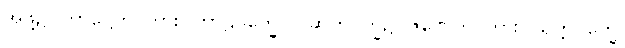
အဖို့၌။ ကာဋ္ဌေတိ၊ ကား။ ကာဠပက္ခေ၊ လဆုတ်ပက္ခ၌။ ဇုဏှေတိ၊ ကား။ သုက္ကပက္ခေ၊